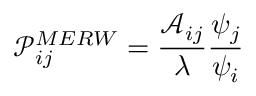
\mathcal { P } _ { i j } ^ { M E R W } = \frac { \mathcal { A } _ { i j } } { \lambda } \frac { \psi _ { j } } { \psi _ { i } }